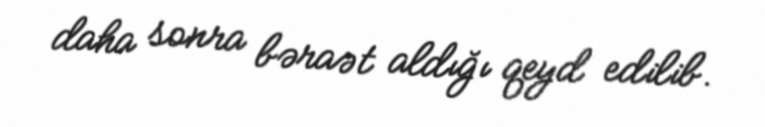
daha sonra bəraət aldığı qeyd edilib.